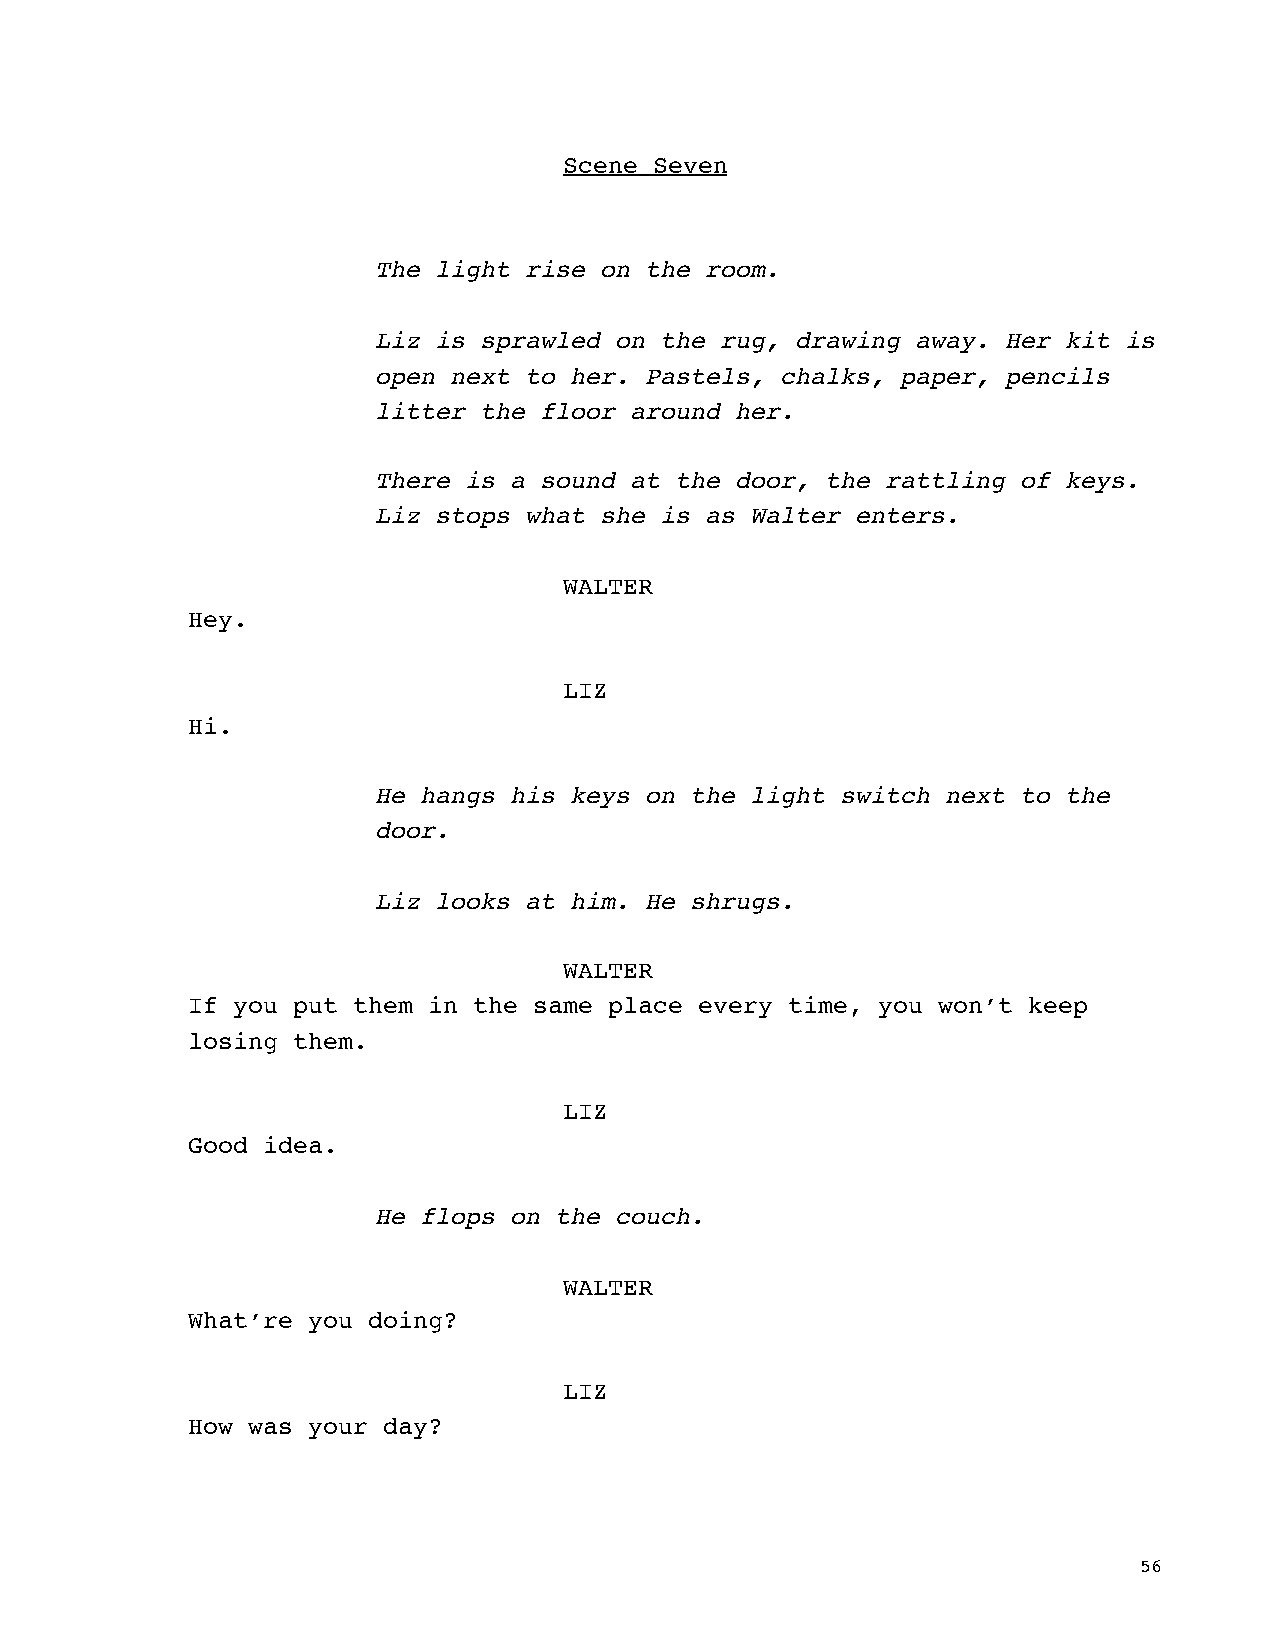
Scene Seven
 The light rise on the room.
 Liz is sprawled on the rug, drawing away. Her kit is
 open next to her. Pastels, chalks, paper, pencils
 litter the floor around her.
 There is a sound at the door, the rattling of keys.
 Liz stops what she is as Walter enters.
 WALTER
 Hey.
 LIZ
 Hi.
 He hangs his keys on the light switch next to the
 door.
 Liz looks at him. He shrugs.
 WALTER
 If you put them in the same place every time, you won’t keep
 losing them.
 LIZ
 Good idea.
 He flops on the couch.
 WALTER
 What’re you doing?
 LIZ
 How was your day?
 56